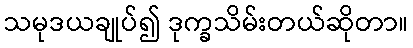
သမုဒယချုပ်၍ ဒုက္ခသိမ်းတယ်ဆိုတာ။